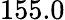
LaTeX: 155.0